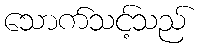
သောက်သင့်သည်